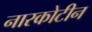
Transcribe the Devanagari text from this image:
नारकोटीन